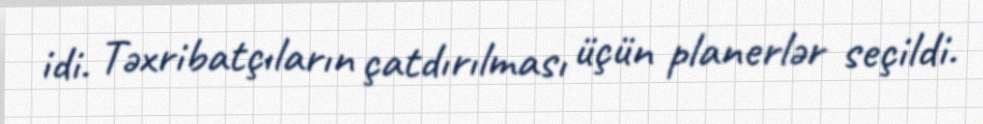
idi. Təxribatçıların çatdırılması üçün planerlər seçildi.